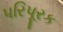
પરિપૂરક